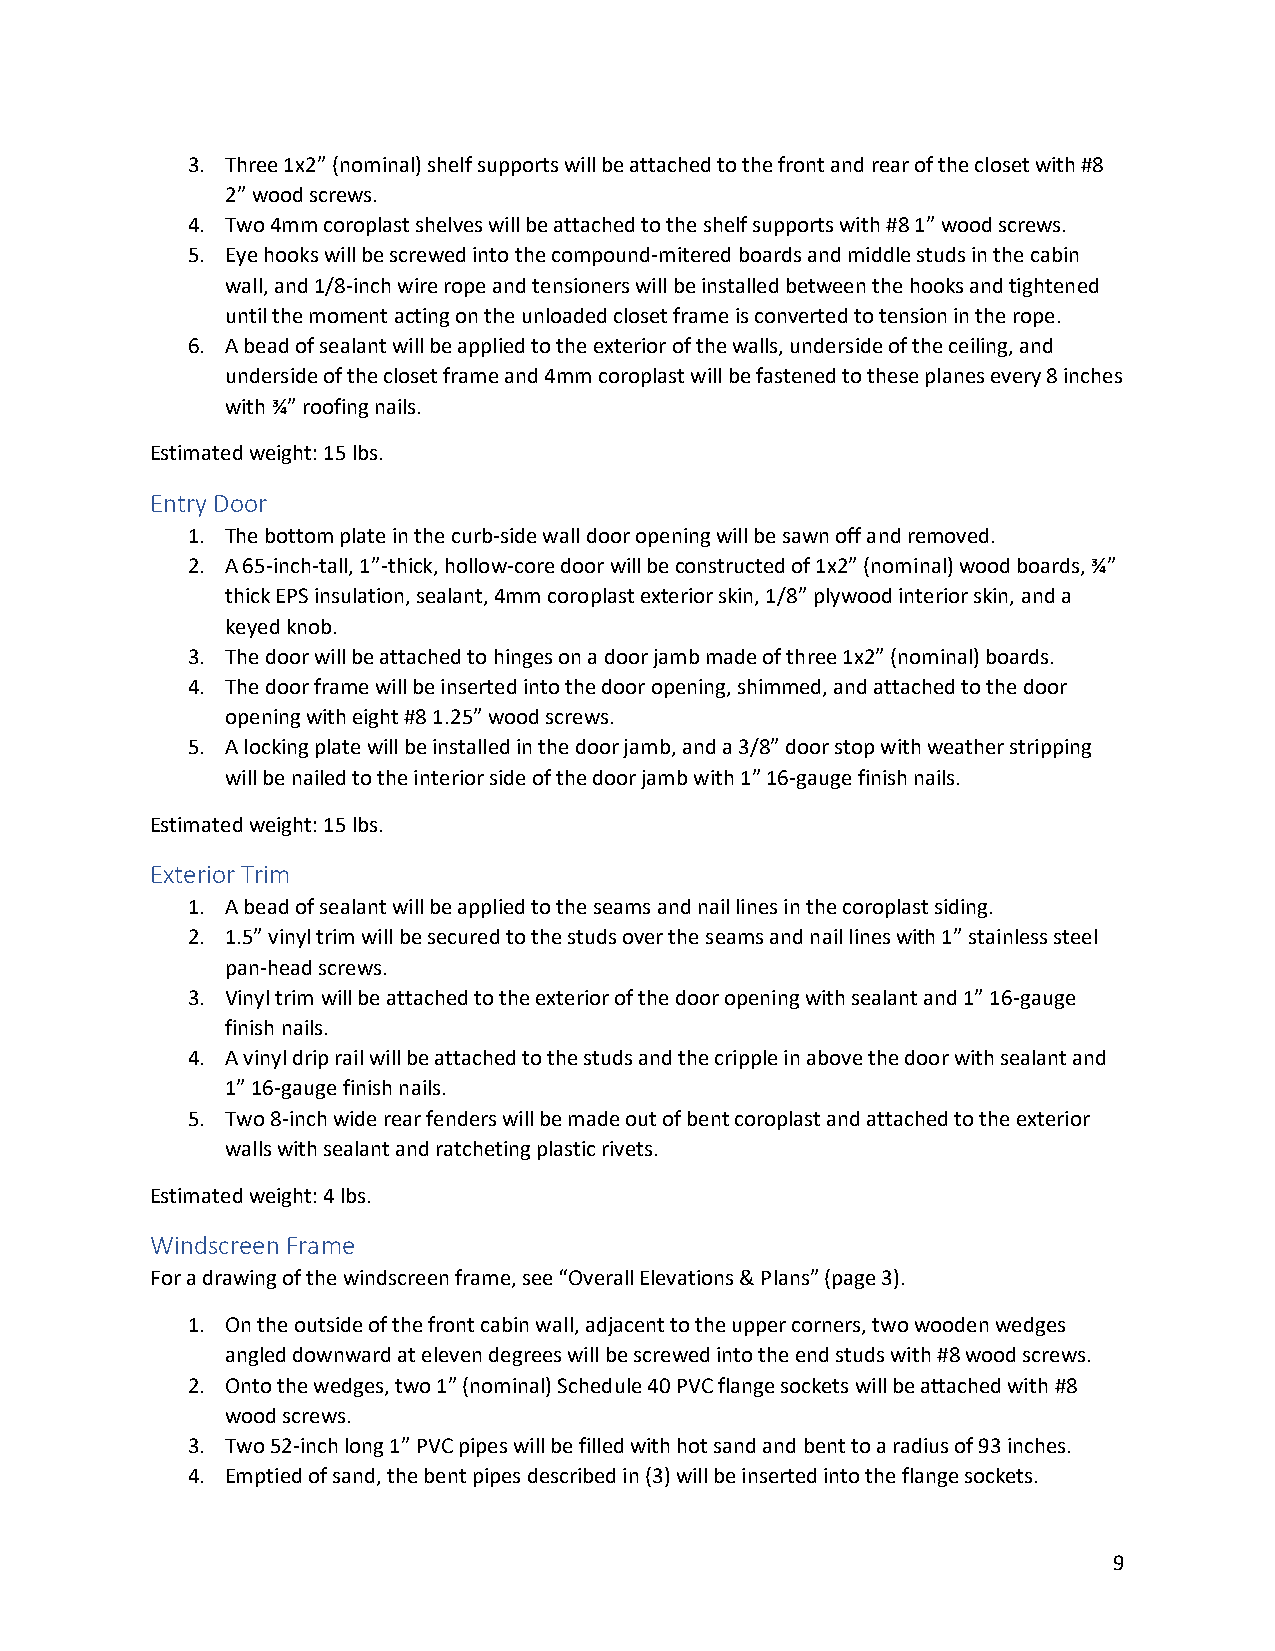
3. Three 1x2” (nominal) shelf supports will be attached to the front and rear of the closet with #8
 2” wood screws.
 4. Two 4mm coroplast shelves will be attached to the shelf supports with #8 1” wood screws.
 5. Eye hooks will be screwed into the compound-mitered boards and middle studs in the cabin
 wall, and 1/8-inch wire rope and tensioners will be installed between the hooks and tightened
 until the moment acting on the unloaded closet frame is converted to tension in the rope.
 6. A bead of sealant will be applied to the exterior of the walls, underside of the ceiling, and
 underside of the closet frame and 4mm coroplast will be fastened to these planes every 8 inches
 with ¾” roofing nails.
 Estimated weight: 15 lbs.
 Entry Door
 1. The bottom plate in the curb-side wall door opening will be sawn off and removed.
 2. A 65-inch-tall, 1”-thick, hollow-core door will be constructed of 1x2” (nominal) wood boards, ¾”
 thick EPS insulation, sealant, 4mm coroplast exterior skin, 1/8” plywood interior skin, and a
 keyed knob.
 3. The door will be attached to hinges on a door jamb made of three 1x2” (nominal) boards.
 4. The door frame will be inserted into the door opening, shimmed, and attached to the door
 opening with eight #8 1.25” wood screws.
 5. A locking plate will be installed in the door jamb, and a 3/8” door stop with weather stripping
 will be nailed to the interior side of the door jamb with 1” 16-gauge finish nails.
 Estimated weight: 15 lbs.
 Exterior Trim
 1. A bead of sealant will be applied to the seams and nail lines in the coroplast siding.
 2. 1.5” vinyl trim will be secured to the studs over the seams and nail lines with 1” stainless steel
 pan-head screws.
 3. Vinyl trim will be attached to the exterior of the door opening with sealant and 1” 16-gauge
 finish nails.
 4. A vinyl drip rail will be attached to the studs and the cripple in above the door with sealant and
 1” 16-gauge finish nails.
 5. Two 8-inch wide rear fenders will be made out of bent coroplast and attached to the exterior
 walls with sealant and ratcheting plastic rivets.
 Estimated weight: 4 lbs.
 Windscreen Frame
 For a drawing of the windscreen frame, see “Overall Elevations & Plans” (page 3).
 1. On the outside of the front cabin wall, adjacent to the upper corners, two wooden wedges
 angled downward at eleven degrees will be screwed into the end studs with #8 wood screws.
 2. Onto the wedges, two 1” (nominal) Schedule 40 PVC flange sockets will be attached with #8
 wood screws.
 3. Two 52-inch long 1” PVC pipes will be filled with hot sand and bent to a radius of 93 inches.
 4. Emptied of sand, the bent pipes described in (3) will be inserted into the flange sockets.
 9